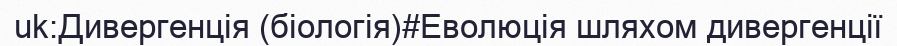
uk:Дивергенція (біологія)#Еволюція шляхом дивергенції